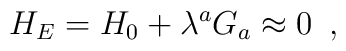
H_E = H_0+\lambda ^a G_a\approx 0\,\,\, ,